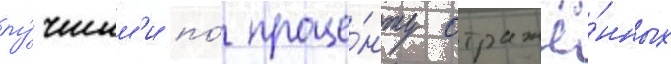
лу́чшим'и по́ проце́нту отражё́нных